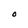
Character: O